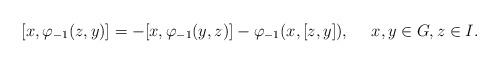
LaTeX: \begin{align*} [x,\varphi_{-1}(z,y)]=-[x, \varphi_{-1}(y,z)]- \varphi_{-1}(x,[z,y]), \ \ \ \ x, y\in G, z\in I.\end{align*}